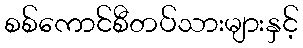
စစ်ကောင်စီတပ်သားများနှင့်